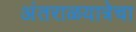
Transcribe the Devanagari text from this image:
अंतराळयात्रेचा